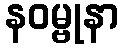
နဝမ္ဗုနာ